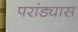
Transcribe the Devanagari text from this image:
परांड्यास